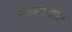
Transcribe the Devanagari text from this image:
अरण्यवास